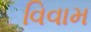
વિવામ